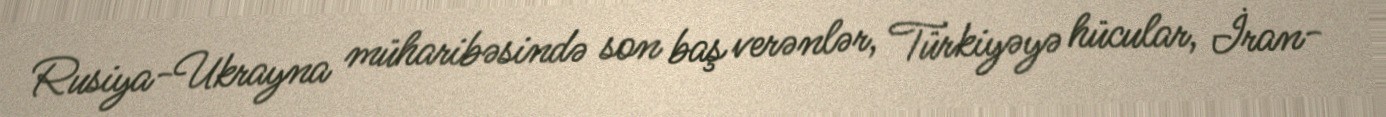
Rusiya-Ukrayna müharibəsində son baş verənlər, Türkiyəyə hücular, İran-